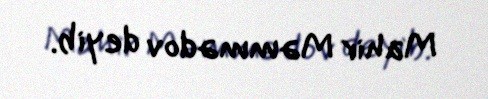
Mahir Məmmədov deyib.